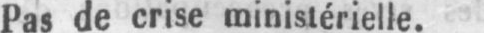
Pas de crise ministérielle.